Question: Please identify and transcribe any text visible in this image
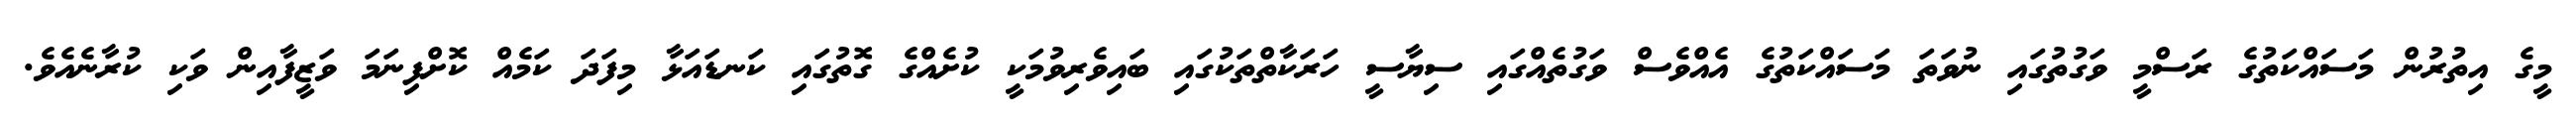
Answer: މީގެ އިތުރުން މަސައްކަތުގެ ރަސްމީ ވަގުތުގައި ނުވަތަ މަސައްކަތުގެ އެއްވެސް ވަގުތެއްގައި ސިޔާސީ ހަރަކާތްތަކުގައި ބައިވެރިވުމަކީ ކުށެއްގެ ގޮތުގައި ކަނޑައަޅާ މިފަދަ ކަމެއް ކޮށްފިނަމަ ވަޒީފާއިން ވަކި ކުރާނެއެވެ.